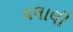
ચલાલી